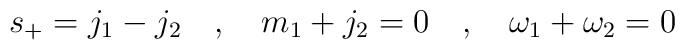
s_+=j_1-j_2 \quad , \quad m_1+j_2=0 \quad , \quad \omega_1+\omega_2=0